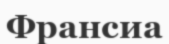
Франсиа